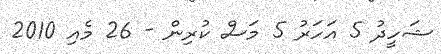
ޝަހީދު 5 އަހަރު 5 މަސް ކުރިން - 26 މެއި 2010